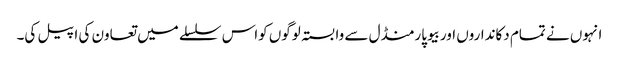
انہوں نے تمام دکانداروں اوربیوپارمنڈل سے وابستہ لوگوں کواس سلسلے میں تعاون کی اپیل کی۔